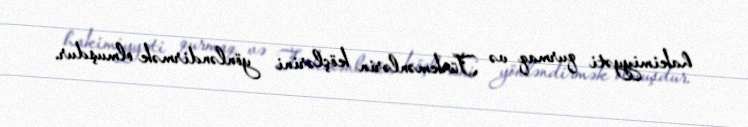
hakimiyyəti qurmaq və Türkmənlərin köçlərini yönləndirmək olmuşdur.